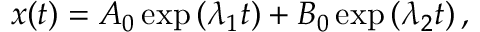
x ( t ) = A _ { 0 } \exp \left( \lambda _ { 1 } t \right) + B _ { 0 } \exp \left( \lambda _ { 2 } t \right) ,